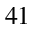
_ { 4 1 }